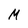
Character: M